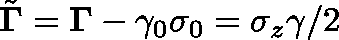
\tilde { \mathbf { \Gamma } } = \mathbf { \Gamma } - \gamma _ { 0 } \sigma _ { 0 } = \sigma _ { z } \gamma / 2